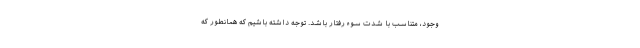
وجود، متناسب با شدت سوء رفتار باشد. توجه داشته باشیم که همانطور که